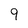
Character: 9